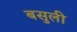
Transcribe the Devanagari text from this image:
बसुली